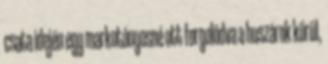
csata idején egy markotányosné ott forgolódva a huszárok körül,